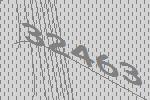
32463